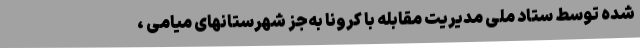
شده توسط ستاد ملی مدیریت مقابله با کرونا به‌جز شهرستانهای میامی ،